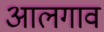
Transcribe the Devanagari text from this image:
आलगाव